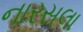
નારસલા